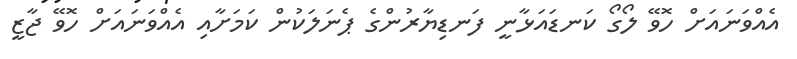
އެއްވަނައަށް ހޮވޭ ލޯގޯ ކަނޑައަޅާނީ ފަނޑިޔާރުންގެ ޕެނަލަކުން ކަމަށާއި އެއްވަނައަށް ހޮވޭ ޖާޒީ